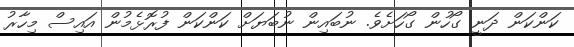
ކަންކަން ދަނީ ގޯހުން ގޯހަށެވެ. ނުބައިން ނުބަޔަށް ކަންކަން ފުރޮޅެމުން އައިސް މިހާރު